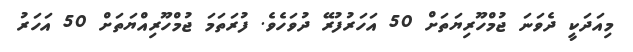
މިއަދަކީ ދެވަނަ ޖުމްހޫރިޔަތަށް 50 އަހަރުފުރޭ ދުވަހެވެ. ފުރަތަމަ ޖުމްހޫރިއްޔަތަށް 50 އަހަރު